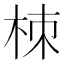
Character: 栜